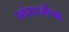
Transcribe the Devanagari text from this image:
पर्वतराजीच्या